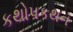
કથોપકથન